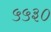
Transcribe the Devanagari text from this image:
५५३०